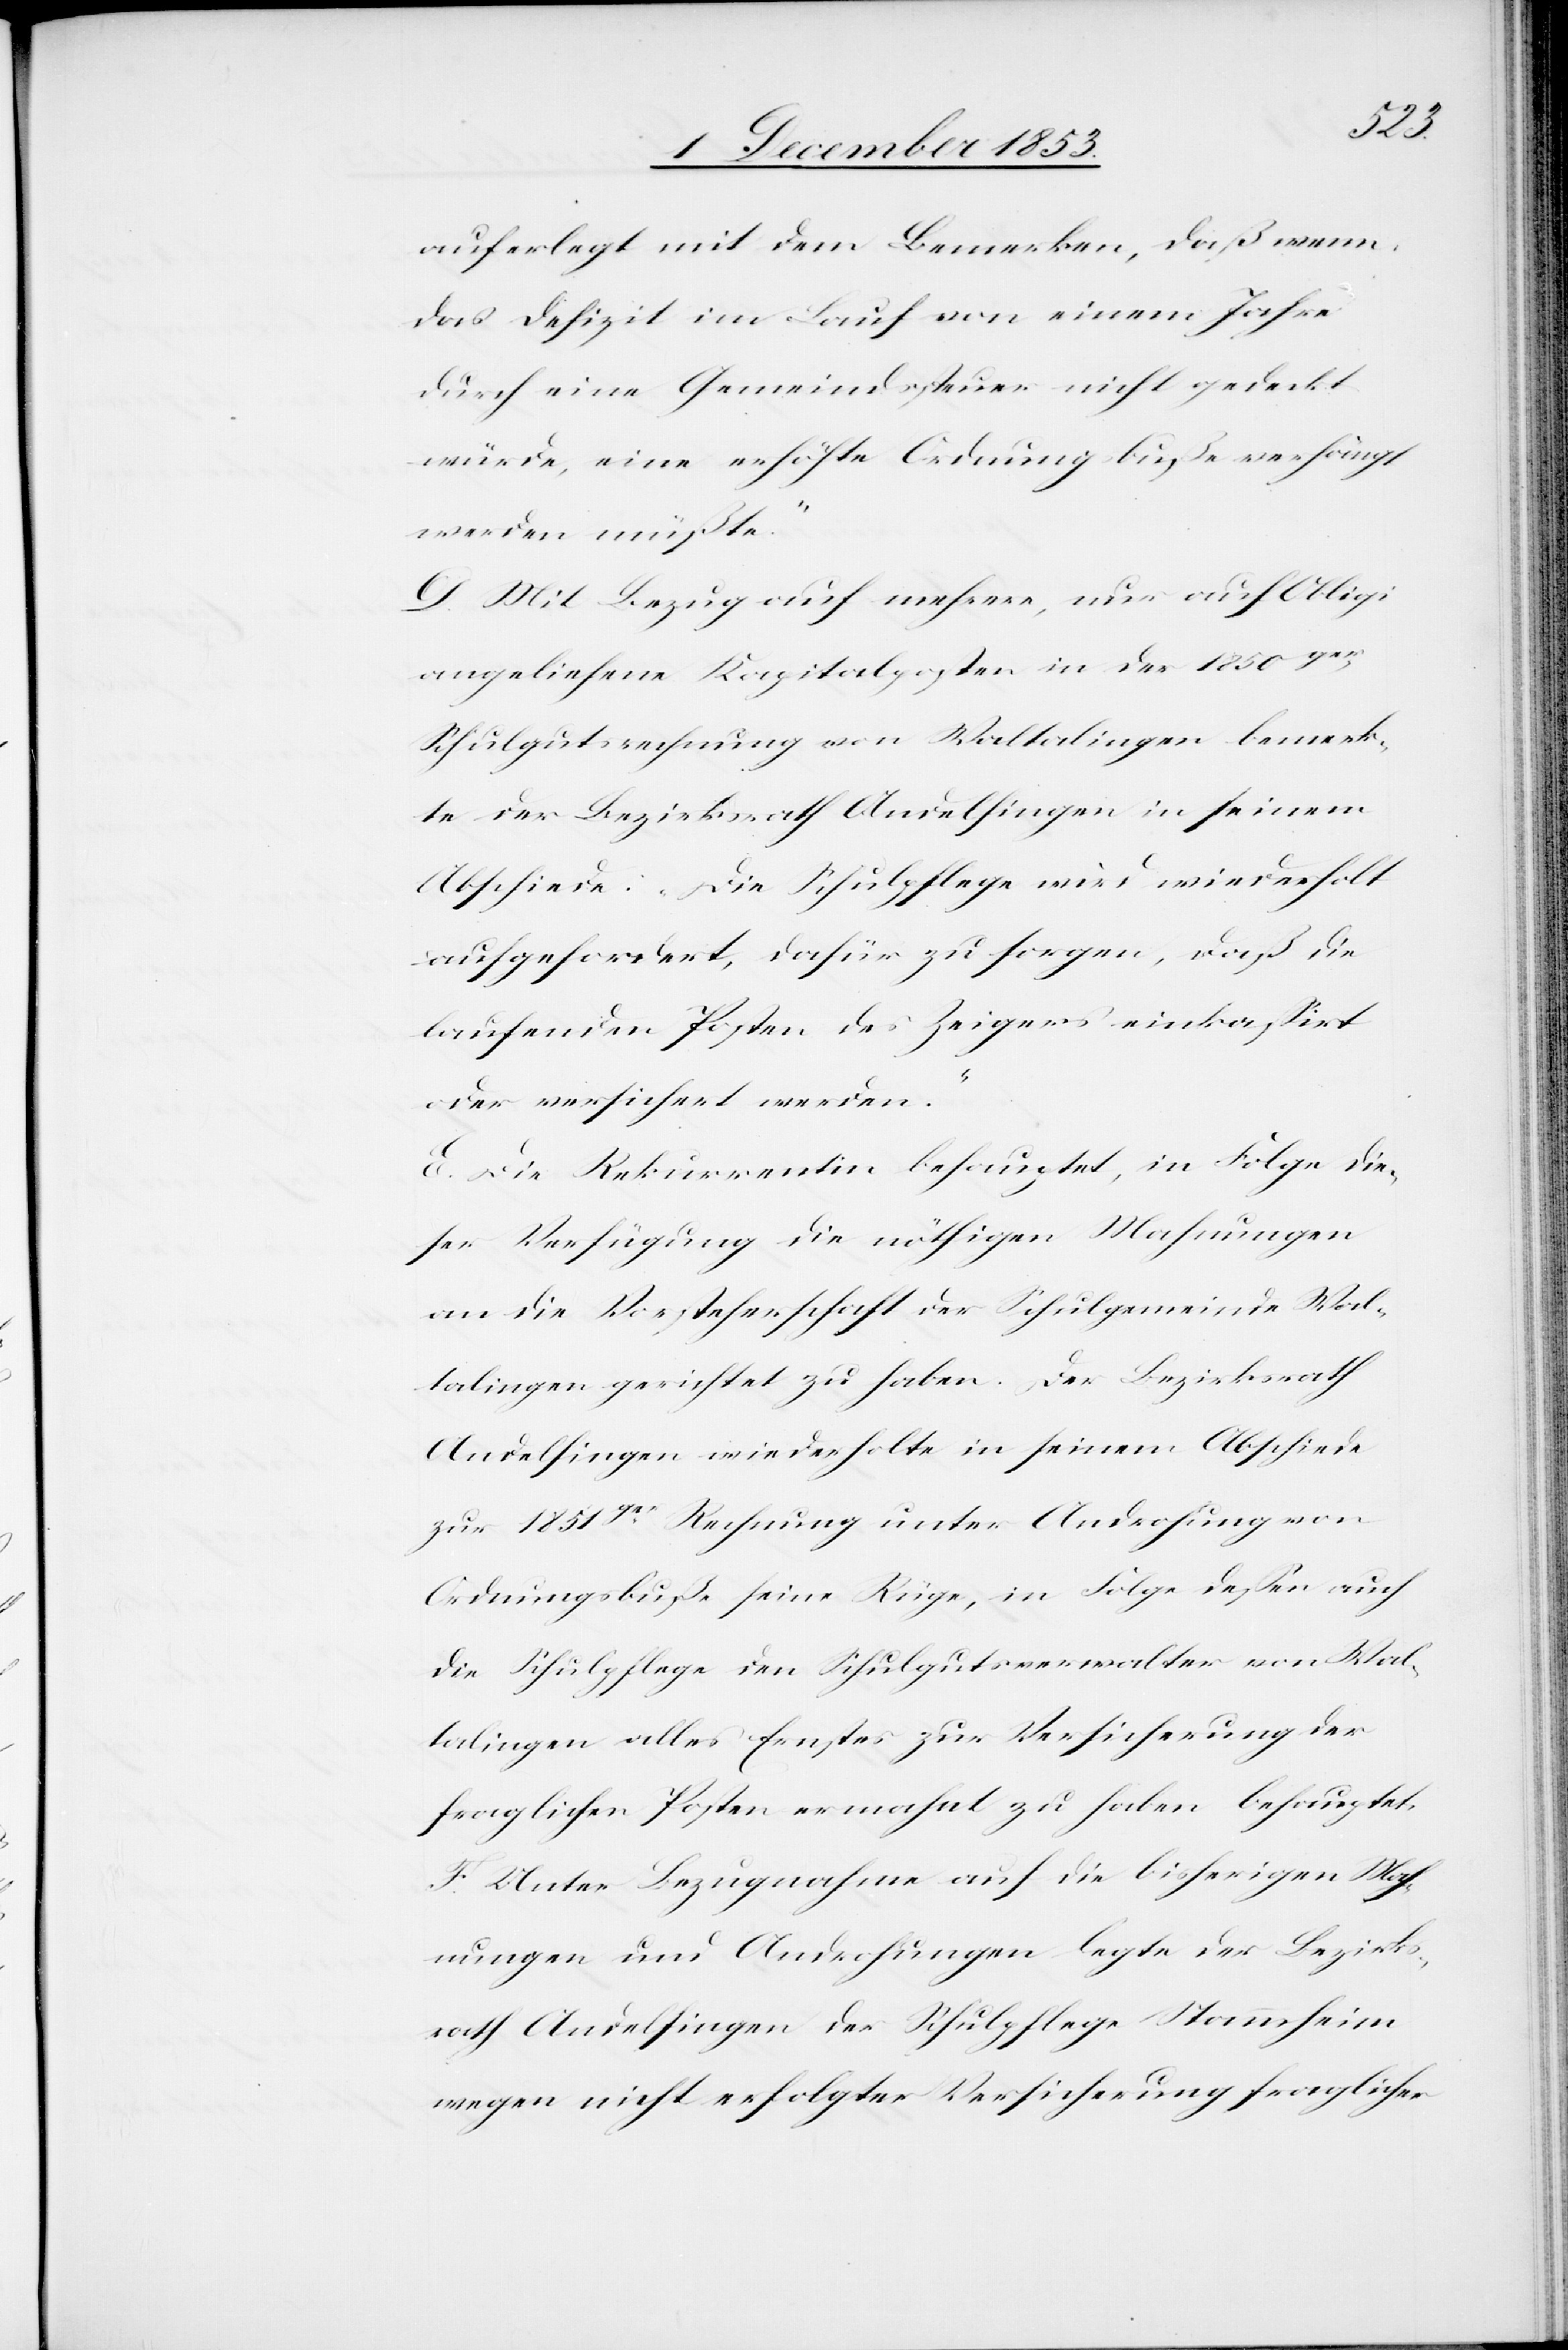
auferlegt mit dem Bemerken, daß wenn
das Defizit im Lauf von einem Jahre
durch eine Gemeindssteuer nicht gedeckt
würde, eine erhöhte Ordnungsbuße verhängt
werden müßte.“
D. Mit Bezug auf mehrere, nur auf Obligi
angeliehene Kapitalposten in der 1850ger
Schulgutsrechnung von Waltalingen bemerk¬
te der Bezirksrath Andelfingen in seinem
Abschiede: „Die Schulpflege wird wiederholt
aufgefordert, dafür zu sorgen, daß die
laufenden Posten des Zeigers einkaßirt
oder versichert werden.“
E. Die Rekurrentin behauptet, in Folge die¬
ser Verfügung die nöthigen Mahnungen
an die Vorsteherschaft der Schulgemeinde Wal¬
talingen gerichtet zu haben. Der Bezirksrath
Andelfingen wiederholte in seinem Abschiede
zur 1851ger Rechnung unter Androhung von
Ordnungsbuße seine Rüge, in Folge deßen auch
die Schulpflege den Schulgutsverwalter von Wal¬
talingen alles Ernstes zur Versicherung der
fraglichen Posten ermahnt zu haben behauptet.
F. Unter Bezugnahme auf die bisherigen Mah¬
nungen und Androhungen legte der Bezirks¬
rath Andelfingen der Schulpflege Stammheim
wegen nicht erfolgter Versicherung fraglicher